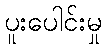
ပူးပေါင်းမှု